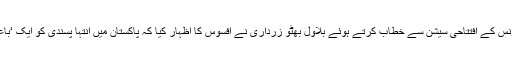
تفصیلات کے مطا بق کراچی کے ایک مقامی ہوٹل میں تیسری بین الاقوامی صوفی کانفرنس کے افتتاحی سیشن سے خطاب کرتے ہوئے بلاول بھٹو زرداری نے افسوس کا اظہار کیا کہ پاکستان میں انتہا پسندی کو ایک ‘باعزت بیج’ کی طرح سجایا جاتا ہے جبکہ سچائی کی آواز ملک میں مدھم ہوتی جارہی ہے۔